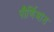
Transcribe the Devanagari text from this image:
पौर्णिमांत